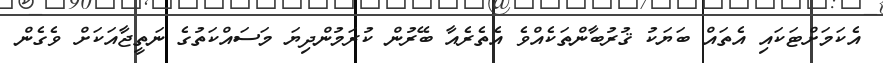
އެކަމަށްޓަކައި އެތައް ބަޔަކު ޤުރުބާންތަކެއްވެ އެތެރެއާ ބޭރުން ކުރަމުންދިޔަ މަސައްކަތުގެ ނަތީޖާއަކަށް ވެގެން